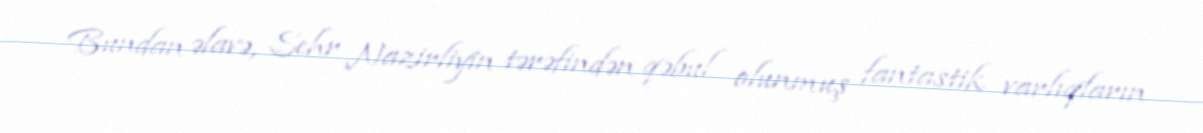
Bundan əlavə, Sehr Nazirliyin tərəfindən qəbul olunmuş fantastik varlıqların